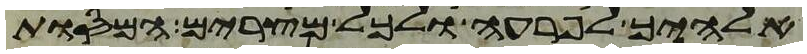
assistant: אלהיך לפרעה ולכל מצרים המסות